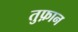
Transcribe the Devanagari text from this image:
तुफ़ान